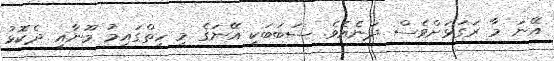
އޭނަ މާ ރަގަޅަށްވެސް ދަނެއެވެ. ސަބަބަކީ އޭނަގެ މި ހިތްގައިމު މޫނާއި ދެކޮޅު